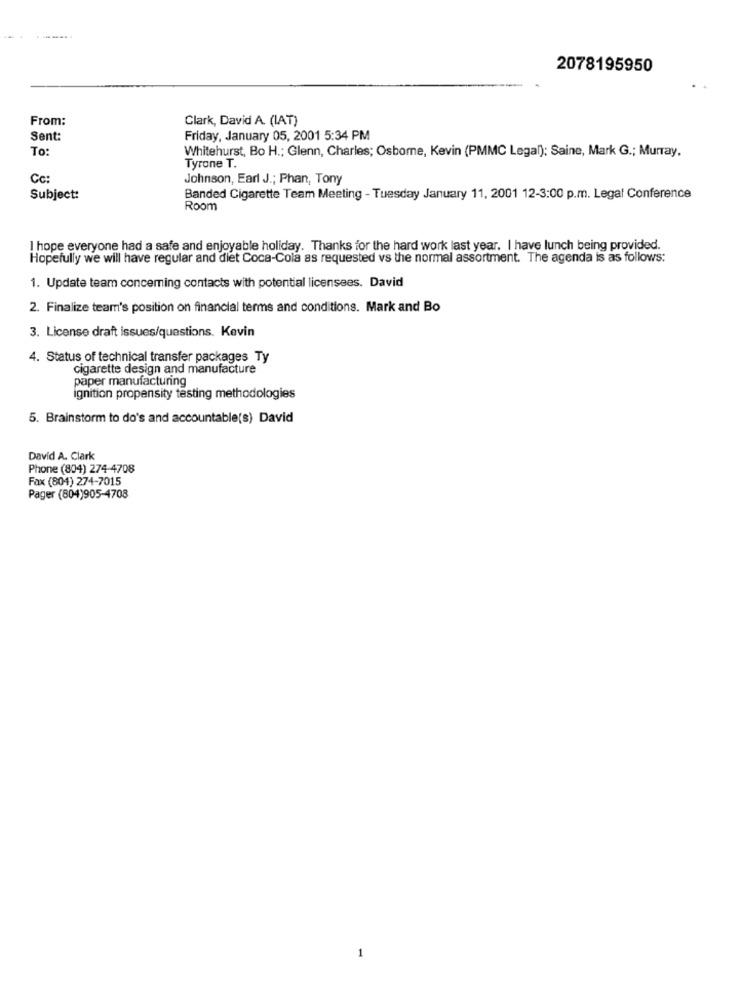
2078195950
From:
Clark, David A. (IAT)
Sent:
Friday, January 05, 2001 5:34 PM
To:
Whitehurst, Bo H .; Glenn, Charles; Osborne, Kevin (PMMC Legal): Saine, Mark G .; Murray,
Tyrone T.
Cc:
Johnson, Earl J .; Phan, Tony
Subject:
Banded Cigarette Team Meeting - Tuesday January 11, 2001 12-3:00 p.m. Legal Conference
Room
I hope everyone had a safe and enjoyable holiday. Thanks for the hard work last year. I have lunch being provided.
Hopefully we will have regular and diet Coca-Cola as requested vs the normal assortment. The agenda is as follows:
1. Update team concerning contacts with potential licensees. David
2. Finalize team's position on financial terms and conditions. Mark and Bo
3. License draft issues/questions. Kevin
4. Status of technical transfer packages Ty
cigarette design and manufacture
paper manufacturing
ignition propensity testing methodologies
5. Brainstorm to do's and accountable(s) David
David A. Clark
Phone (804) 274-4708
Fax (804) 274-7015
Pager (804)905-4708